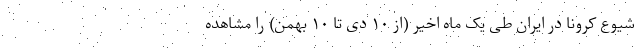
شیوع کرونا در ایران طی یک ماه اخیر (از ۱۰ دی تا ۱۰ بهمن) را مشاهده